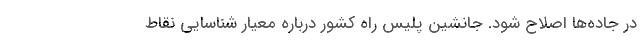
در جاده‌ها اصلاح شود. جانشین پلیس راه کشور درباره معیار شناسایی نقاط